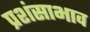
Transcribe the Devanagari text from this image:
प्रशंसाभाव